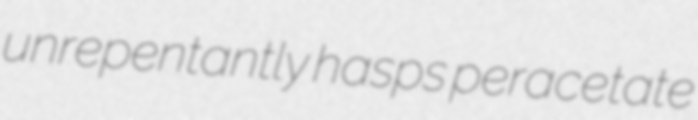
unrepentantly hasps peracetate